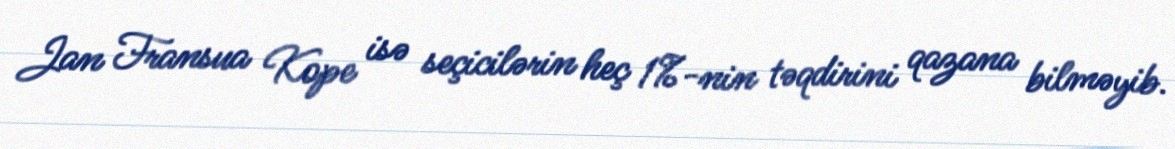
Jan Fransua Kope isə seçicilərin heç 1%-nin təqdirini qazana bilməyib.